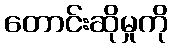
တောင်းဆိုမှုကို